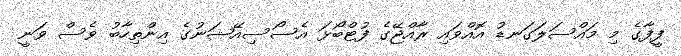
ފީފާގެ މި މައްސަލަގަނޑު އޮއްވައި ރާއްޖޭގެ ފުޓްބޯޅަ އެސޯސިއޭޝަނުގެ އިންތިހާބު ވެސް ވަނީ